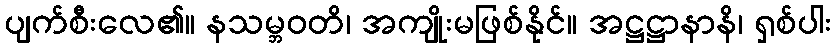
ပျက်စီးလေ၏။ နသမ္ဘဝတိ၊ အကျိုးမဖြစ်နိုင်။ အဋ္ဌဋ္ဌာနာနိ၊ ရှစ်ပါး